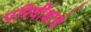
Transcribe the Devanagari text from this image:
परिवीक्षाचे